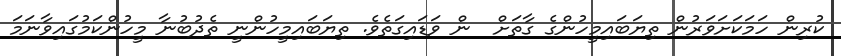
ކުރިން ހަމަކަށަވަރުން ތިޔަބައިމީހުންގެ ގާތަށް  ން ވަޑައިގަތެވެ. ތިޔަބައިމީހުންނީ ތެދުބުނާ މީހުންކަމުގައިވާނަމަ